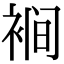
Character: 裥